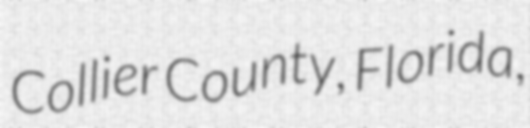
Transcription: Collier County, Florida,